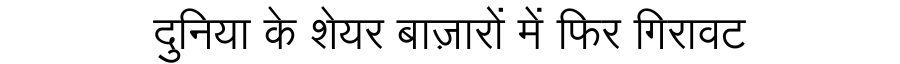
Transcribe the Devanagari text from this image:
दुनिया के शेयर बाज़ारों में फिर गिरावट